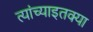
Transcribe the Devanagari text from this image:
त्यांच्याइतक्या